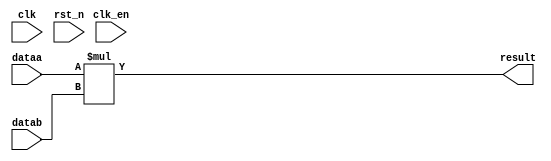
`timescale 1 ps/1 ps

module multiplicacao (
	input clk,    // Clock
	input clk_en, // Clock Enable
	input rst_n,  // Asynchronous reset active low
	input [15:0] dataa,
	input [15:0] datab,
	output [31:0] result
	
);

	assign result = dataa * datab;


endmodule